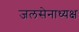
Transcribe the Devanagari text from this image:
जलसेनाध्यक्ष